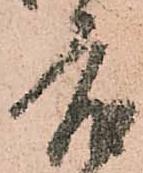
度